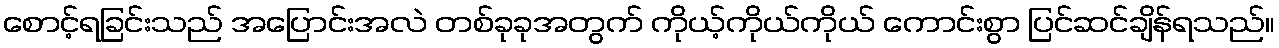
စောင့်ရခြင်းသည် အပြောင်းအလဲ တစ်ခုခုအတွက် ကိုယ့်ကိုယ်ကိုယ် ကောင်းစွာ ပြင်ဆင်ချိန်ရသည်။